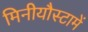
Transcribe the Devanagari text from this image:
मिनीयौस्टामें